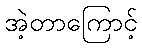
အဲ့တာကြောင့်